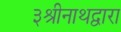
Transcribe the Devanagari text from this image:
३श्रीनाथद्वारा